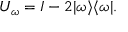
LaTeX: U _ { \omega } = I - 2 | \omega \rangle \langle \omega | .